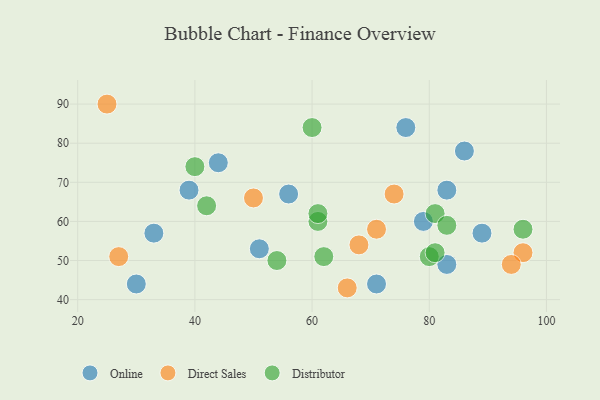
{"axis": {"x": "GDP", "y": "Life Expectancy"}, "legend": ["Direct Sales", "Distributor", "Online"], "data": [{"x": "89", "y": 57, "type": "Online"}, {"x": "39", "y": 68, "type": "Online"}, {"x": "56", "y": 67, "type": "Online"}, {"x": "44", "y": 75, "type": "Online"}, {"x": "51", "y": 53, "type": "Online"}, {"x": "30", "y": 44, "type": "Online"}, {"x": "86", "y": 78, "type": "Online"}, {"x": "33", "y": 57, "type": "Online"}, {"x": "71", "y": 44, "type": "Online"}, {"x": "79", "y": 60, "type": "Online"}, {"x": "83", "y": 68, "type": "Online"}, {"x": "83", "y": 49, "type": "Online"}, {"x": "76", "y": 84, "type": "Online"}, {"x": "27", "y": 51, "type": "Direct Sales"}, {"x": "74", "y": 67, "type": "Direct Sales"}, {"x": "71", "y": 58, "type": "Direct Sales"}, {"x": "96", "y": 52, "type": "Direct Sales"}, {"x": "50", "y": 66, "type": "Direct Sales"}, {"x": "25", "y": 90, "type": "Direct Sales"}, {"x": "66", "y": 43, "type": "Direct Sales"}, {"x": "94", "y": 49, "type": "Direct Sales"}, {"x": "68", "y": 54, "type": "Direct Sales"}, {"x": "81", "y": 62, "type": "Distributor"}, {"x": "40", "y": 74, "type": "Distributor"}, {"x": "62", "y": 51, "type": "Distributor"}, {"x": "54", "y": 50, "type": "Distributor"}, {"x": "80", "y": 51, "type": "Distributor"}, {"x": "96", "y": 58, "type": "Distributor"}, {"x": "42", "y": 64, "type": "Distributor"}, {"x": "61", "y": 60, "type": "Distributor"}, {"x": "83", "y": 59, "type": "Distributor"}, {"x": "60", "y": 84, "type": "Distributor"}, {"x": "61", "y": 62, "type": "Distributor"}, {"x": "81", "y": 52, "type": "Distributor"}]}